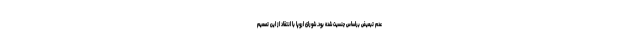
عدم تبعیض براساس جنسیت شده بود. شورای اروپا با انتقاد از این تصمیم